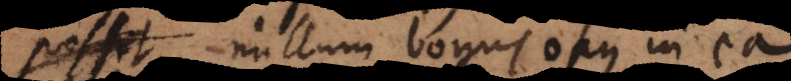
possit nullum [bonum] opus in ea